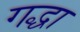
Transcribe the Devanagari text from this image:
गद्धा